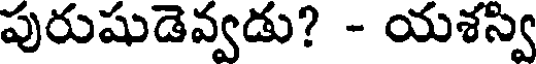
పురుషుడెవ్వడు? - యశస్వి